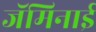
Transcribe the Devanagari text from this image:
जॅमिनाई